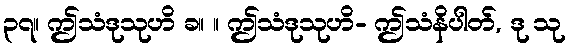
၃၇။ ဤသံဒုသုဟိ ခ။ ။ ဤသံဒုသုဟိ- ဤသံနိပါတ်, ဒု သု